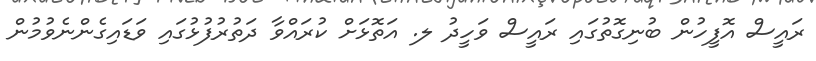
ރައީސް އޮފީހުން ބުނިގޮތުގައި ރައީސް ވަހީދު ލ. އަތޮޅަށް ކުރައްވާ ދަތުރުފުޅުގައި ވަޑައިގެންނެވުމުން